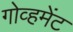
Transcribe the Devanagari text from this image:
गोव्हमेंट